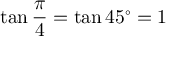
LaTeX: \tan { \frac { \pi } { 4 } } = \tan 4 5 ^ { \circ } = 1